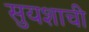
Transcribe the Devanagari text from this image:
सुयशाची